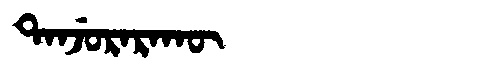
Manchu: ᡨᠠᠨᠵᡠᡵᠠᡵᠠᡴᡡ
Romanization: TANJURARAKŪ